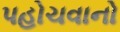
પહોચવાનો